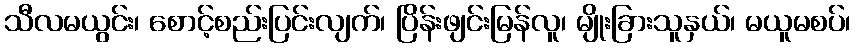
သီလမယွင်း၊ စောင့်စည်းပြင်းလျက်၊ ပြိန်းဖျင်းမြန်လူ၊ မျိုးခြားသူနှယ်၊ မယူမစပ်၊